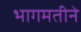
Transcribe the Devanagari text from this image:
भागमतीने